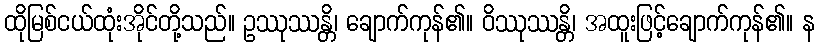
ထိုမြစ်ငယ်ထုံးအိုင်တို့သည်။ ဥဿုဿန္တိ၊ ချောက်ကုန်၏။ ဝိဿုဿန္တိ၊ အထူးဖြင့်ချောက်ကုန်၏။ န